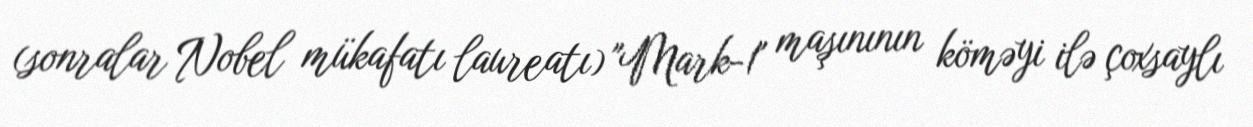
(sonralar Nobel mükafatı laureatı) "Mark-1" maşınının köməyi ilə çoxsaylı